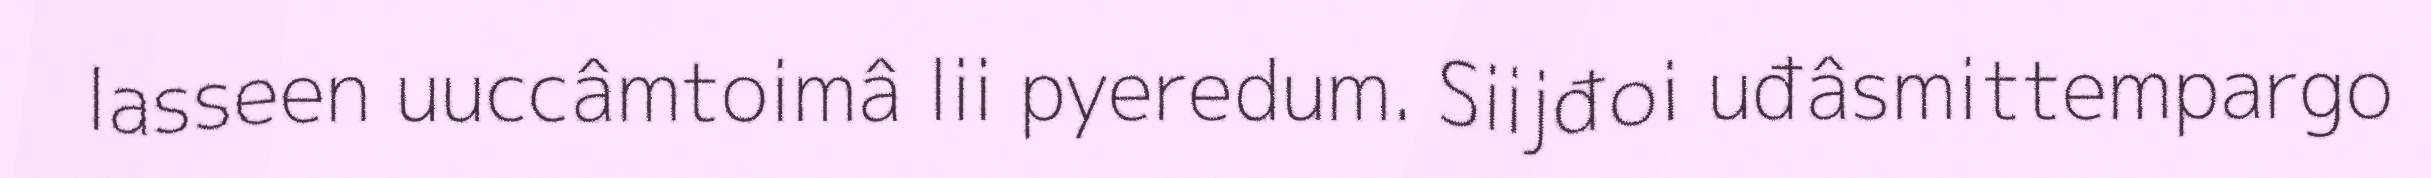
lasseen uuccâmtoimâ lii pyeredum. Siijđoi uđâsmittempargo